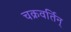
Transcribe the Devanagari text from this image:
चक्रवर्तिन्